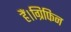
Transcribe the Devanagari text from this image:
हैं।ग्रिफिन